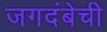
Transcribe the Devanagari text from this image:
जगदंबेची